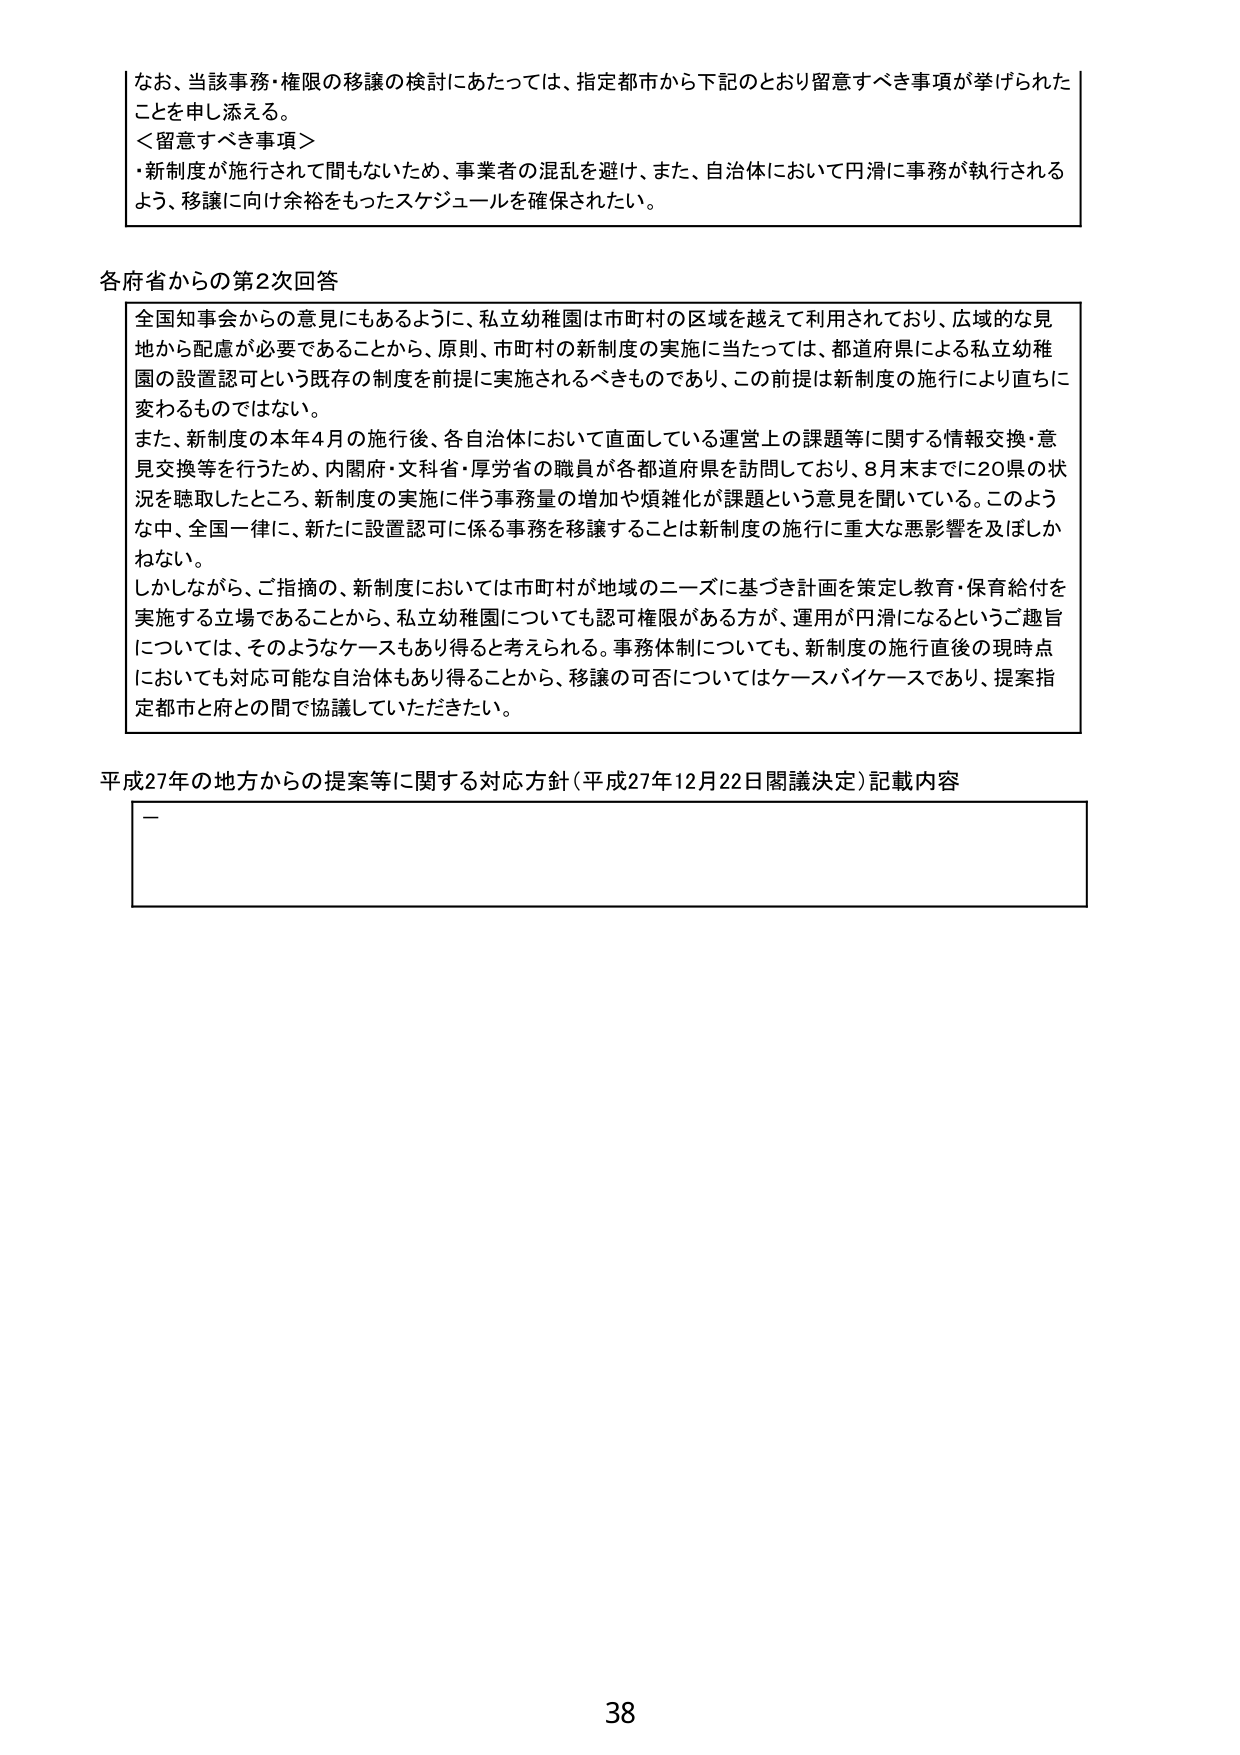
なお、当該事務・権限の移譲の検討にあたっては、指定都市から下記のとおり留意すべき事項が挙げられたことを申し添える。

＜留意すべき事項＞
・新制度が施行されて間もないため、事業者の混乱を避け、また、自治体において円滑に事務が執行されるよう、移譲に向け余裕をもったスケジュールを確保されたい。

各府省からの第2次回答

全国知事会からの意見にもあるように、私立幼稚園は市町村の区域を越えて利用されており、広域的な見地から配慮が必要であることから、原則、市町村の新制度の実施に当たっては、都道府県による私立幼稚園の設置認可という既存の制度を前提に実施されるべきものであり、この前提は新制度の施行により直ちに変わるものではない。

また、新制度の本年4月の施行後、各自治体において直面している運営上の課題等に関する情報交換・意見交換等を行うため、内閣府・文科省・厚労省の職員が各都道府県を訪問しており、8月末までに20県の状況を聴取したところ、新制度の実施に伴う事務量の増加や煩雑化が課題という意見を聞いている。このような中、全国一律に、新たに設置認可に係る事務を移譲することは新制度の施行に重大な悪影響を及ぼしかねない。

しかしながら、ご指摘の、新制度においては市町村が地域のニーズに基づき計画を策定し教育・保育給付を実施する立場であることから、私立幼稚園についても認可権限がある方が、運用が円滑になるというご趣旨については、そのようなケースもあり得ると考えられる。事務体制についても、新制度の施行直後の現時点においても対応可能な自治体もあり得ることから、移譲の可否についてはケースバイケースであり、提案指定都市と府との間で協議していただきたい。

平成27年の地方からの提案等に関する対応方針（平成27年12月22日閣議決定）記載内容

—

38